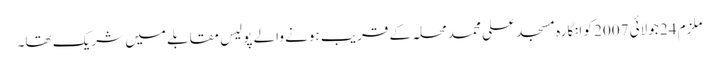
ملزم 24 جولائی 2007 کو انگارہ مسجد علی محمد محلہ کے قریب ہونے والے پولیس مقابلے میں شریک تھا۔